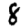
Digit: 8